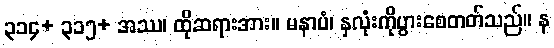
၃၁၄+ ၃၁၅+ အဿ၊ ထိုဆရားအား။ မနာပံ၊ နှလုံးကိုပွားစေတတ်သည်။ န